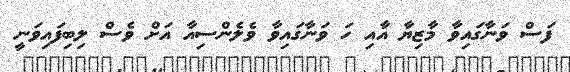
ފަސް ވަނާގައިވާ މާޒިޔާ އާއި ހަ ވަނާގައިވާ ވެލެންސިއާ އަށް ވެސް ލިބިފައިވަނީ